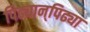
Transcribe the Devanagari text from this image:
पिढ्यान्‌पिढ्या